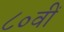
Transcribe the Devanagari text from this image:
८०वीं